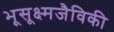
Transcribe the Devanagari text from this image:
भूसूक्ष्मजैविकी